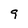
Character: 9